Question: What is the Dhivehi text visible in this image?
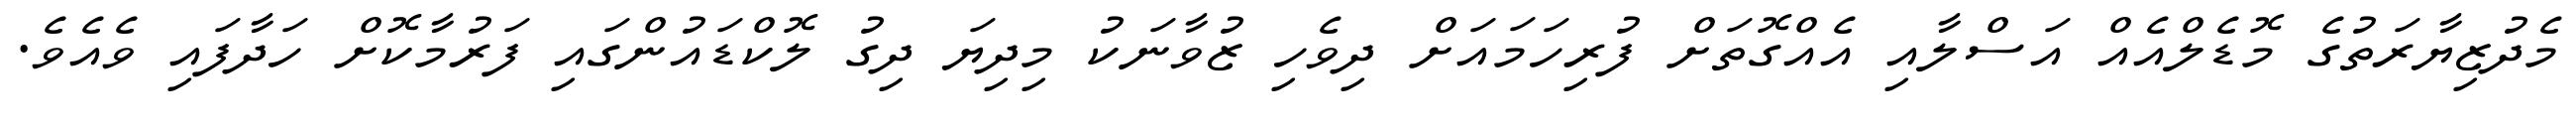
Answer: މެދުޒިޔާރަތުގެ މޮޑެލްއެއް އަސްލާއި އެއްގޮތަށް ފުރިހަމައަށް ދިވެހި ޒުވާނަކު މިދިޔަ ދިގު ލޮކްޑައުންގައި ފަރުމާކޮށް ހަދާފައި ވެއެވެ.